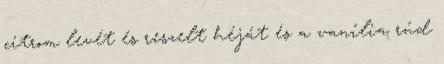
citrom levét és reszelt héját és a vanília rúd